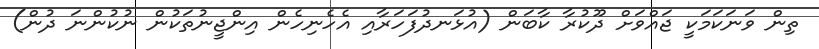
ތިން ވަނަކަމަކީ ޖައްވަށް ދޫކުރާ ކާބަން (އުޅަނދުފަހަރާއި އެހެނިހެން އިންޖީނުތަކުން ނުކުންނަ ދުން)